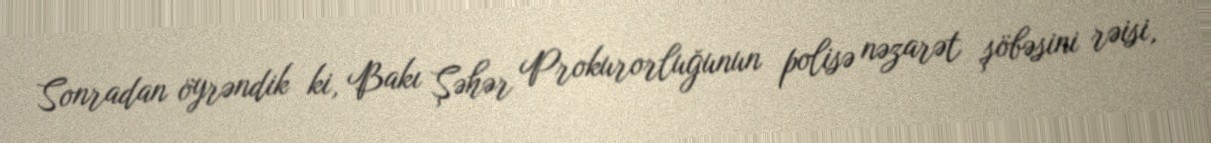
Sonradan öyrəndik ki, Bakı Şəhər Prokurorluğunun polisə nəzarət şöbəsini rəisi,